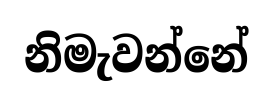
නිමැවන්නේ